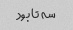
سه تا بود